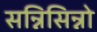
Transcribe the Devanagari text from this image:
सन्निसिन्नो